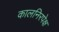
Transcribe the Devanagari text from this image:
कालनिरपेक्ष